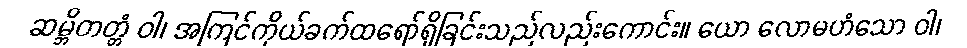
ဆမ္ဘိတတ္တံ ဝါ၊ အကြင်ကိုယ်ခက်ထရော်ရှိခြင်းသည်လည်းကောင်း။ ယော လောမဟံသော ဝါ၊